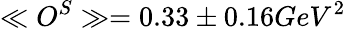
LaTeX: \ll O^{S}\gg=0.33\pm 0.16GeV^{2}